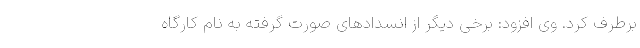
برطرف کرد. وی افزود: برخی دیگر از انسدادهای صورت گرفته به نام کارگاه